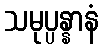
သမုပ္ပန္နာနံ